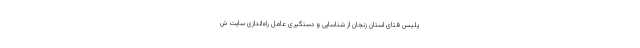
پلیس فتای استان زنجان از شناسایی و دستگیری عامل راه‌اندازی سایت ش